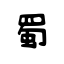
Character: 蜀